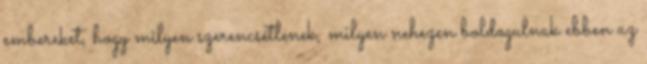
embereket, hogy milyen szerencsétlenek, milyen nehezen boldogulnak ebben az